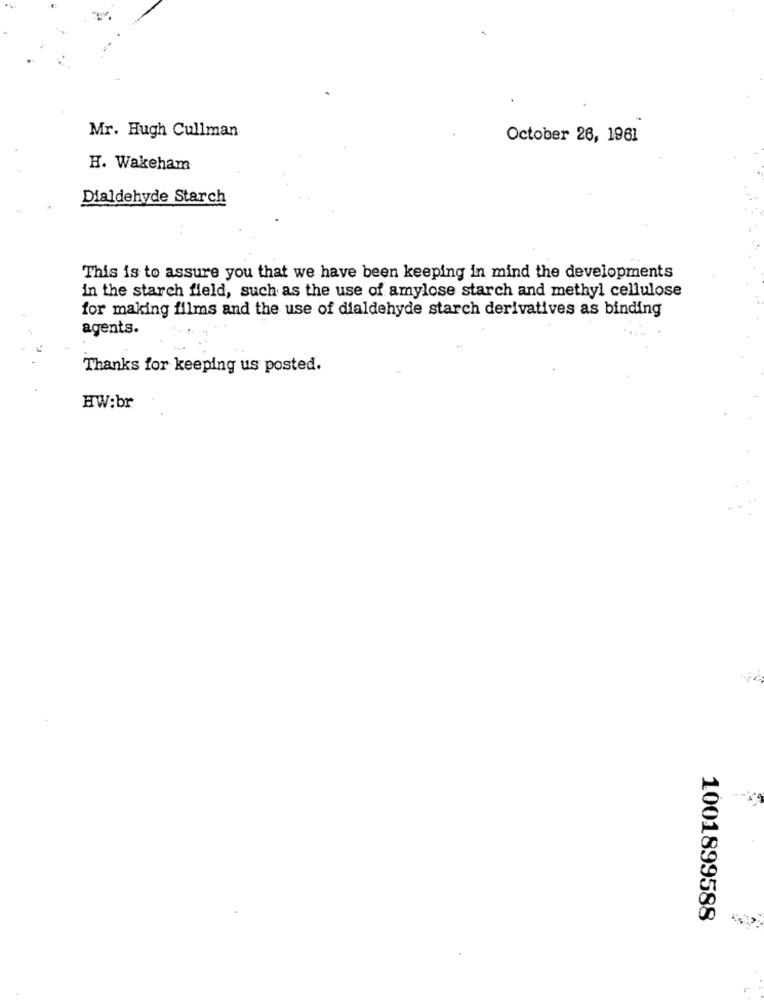
Mr. Hugh Cullman
October 26, 1961
H. Wakeham
Dialdehyde Starch
..
This is to assure you that we have been keeping in mind the developments
in the starch field, such as the use of amylose starch and methyl cellulose
for making films and the use of dialdehyde starch derivatives as binding
agents.
Thanks for keeping us posted.
HW:br
1001899588